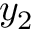
y _ { 2 }